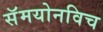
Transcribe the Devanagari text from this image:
सॅमयोनविच